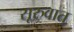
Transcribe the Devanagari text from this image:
सूरुवात्